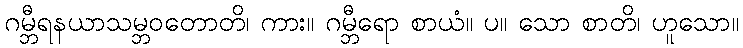
ဂမ္ဘီရနယာသမ္ဘဝတောတိ၊ ကား။ ဂမ္ဘီရော စာယံ။ ပ။ သော စာတိ၊ ဟူသော။